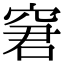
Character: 窘